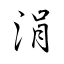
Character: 涓